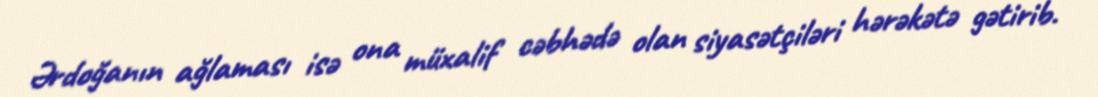
Ərdoğanın ağlaması isə ona müxalif cəbhədə olan siyasətçiləri hərəkətə gətirib.